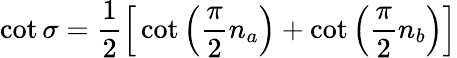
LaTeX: \cot\sigma=\frac{1}{2}\Big[\cot\left(\frac{\pi}{2}n_{a}\right)+\cot\left(\frac{\pi}{2}n_{b}\right)\Big]